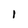
Character: l